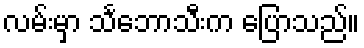
လမ်းမှာ သင်္ဘောသီးက ပြောသည်။